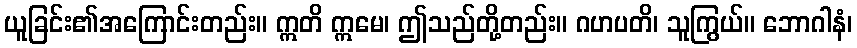
ယူခြင်း၏အကြောင်းတည်း။ ဣတိ ဣမေ၊ ဤသည်တို့တည်း။ ဂဟပတိ၊ သူကြွယ်။ ဘောဂါနံ၊